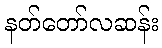
နတ်တော်လဆန်း